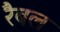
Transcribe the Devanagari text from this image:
रैबल